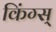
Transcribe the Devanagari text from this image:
किंग्स्